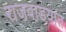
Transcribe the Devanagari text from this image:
राजवाडयात